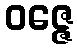
ဝဇ္ဇေ